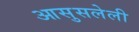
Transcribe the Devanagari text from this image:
आसुसलेली